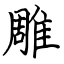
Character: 雕